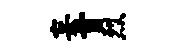
妄首烈